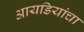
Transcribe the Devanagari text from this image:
आयडियांचा